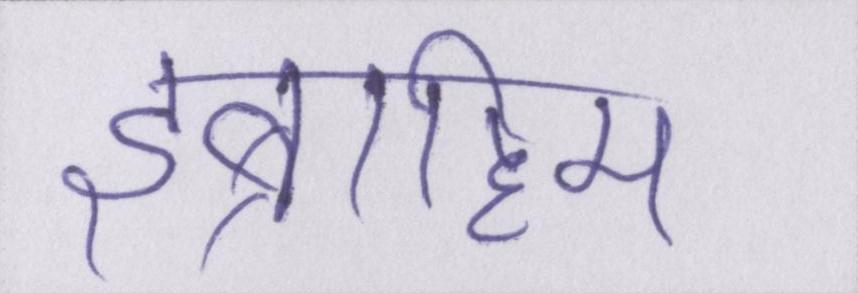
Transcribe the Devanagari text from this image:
इब्राहिम